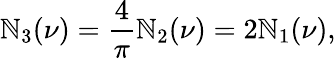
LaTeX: \mathbb{N}_{3}(\nu)={\frac{{4}}{{\pi}}}\mathbb{N}_{2}(\nu)=2\mathbb{N}_{1}(\nu),